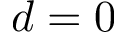
d = 0